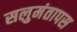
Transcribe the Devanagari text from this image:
सलुमंतापस